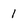
Character: 1